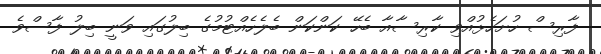
ފާރިސް ހުށަހެޅުއްވި ކާރިސާއާ ބެހޭ ކަންކަން ބެލެހެއްޓުމުގެ ބިލުގައި ވަނީ ބިލު ފާސްވެ